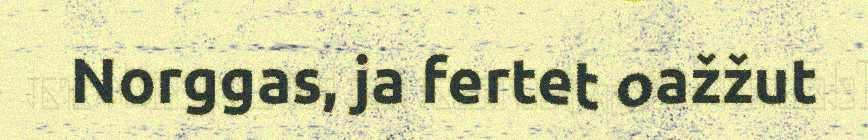
Norggas, ja fertet oažžut